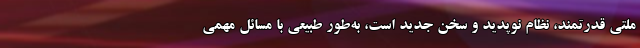
ملتی قدرتمند، نظام نوپدید و سخن جدید است، به‌طور طبیعی با مسائل مهمی